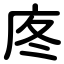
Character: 庝